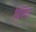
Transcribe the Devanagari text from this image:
पिचिया